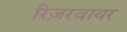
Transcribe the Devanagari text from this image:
रिज़रवायर